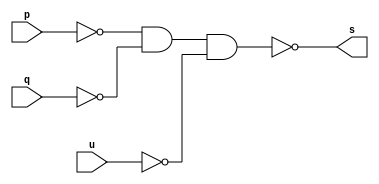
// -------------------------
// Exemplo0010 - OR3
// Nome: Guilherme Rodrigues Melo de Oliveira
// ------------------------- 
// ------------------------- 
// -- or gate
// -------------------------
module orgate ( output s,
                            input   p, q, u);
 assign s = ~(~p & ~q & ~u);
endmodule // orgate

// ---------------------
// -- test or gate
// ---------------------
module testorgate;
// ------------------------- dados locais
   reg   a, b, c; // definir registradores
   wire  s;    // definir conexao (fio)
// ------------------------- instancia
   orgate OR3 (s, a, b, c);
// ------------------------- preparacao
   initial begin:start
      a=0; b=0; c=0;
   end


// ------------------------- parte principal

   initial begin
      $display("Exemplo0010 - Guilherme Rodrigues Melo de Oliveira - 427409");
      $display("Test OR3 gate");
      $display("\n(a | b | c) = s\n");
      a=0; b=0; c=0;
  #1  $display("%b & %b & %b = %b", a, b, c, s);
      a=0; b=0; c=1;
  #1  $display("%b & %b & %b = %b", a, b, c, s);
      a=0; b=1; c=0;
  #1  $display("%b & %b & %b = %b", a, b, c, s);
      a=0; b=1; c=1;
  #1  $display("%b & %b & %b = %b", a, b, c, s);
      a=1; b=0; c=0;
  #1  $display("%b & %b & %b = %b", a, b, c, s);
      a=1; b=0; c=1;
  #1  $display("%b & %b & %b = %b", a, b, c, s);
      a=1;b=1;c=0;
  #1  $display("%b & %b & %b = %b", a, b, c, s);
      a=1;b=1;c=1;
  #1  $display("%b & %b & %b = %b", a, b, c, s);
 end 

endmodule // testandgate